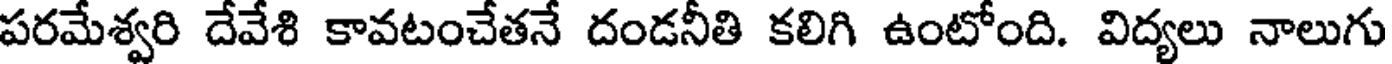
పరమేశ్వరి దేవేశి కావటంచేతనే దండనీతి కలిగి ఉంటోంది. విద్యలు నాలుగు